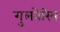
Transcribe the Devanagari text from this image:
गुलबेरिय